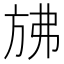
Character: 𰕧